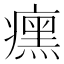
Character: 𬏼